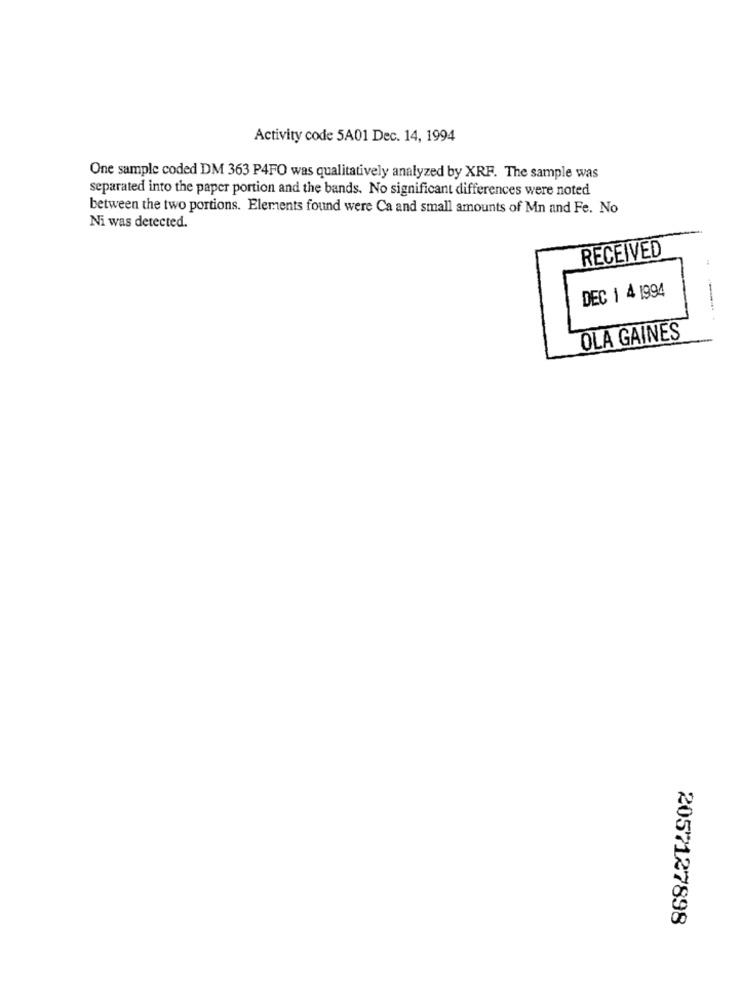
Activity code 5A01 Dec. 14, 1994
One sample coded DM 363 P4FO was qualitatively analyzed by XRF. The sample was
separated into the paper portion and the bands. No significant differences were noted
between the two portions. Elements found were Ca and small amounts of Mn and Fe. No
Ni was detected.
RECEIVED
DEC 1 4 1994
OLA GAINES
2057127898